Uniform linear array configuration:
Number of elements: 12
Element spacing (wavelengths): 0.5
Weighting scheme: uniform
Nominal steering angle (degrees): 0
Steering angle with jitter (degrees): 1.204
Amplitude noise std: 0.05
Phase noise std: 0.05

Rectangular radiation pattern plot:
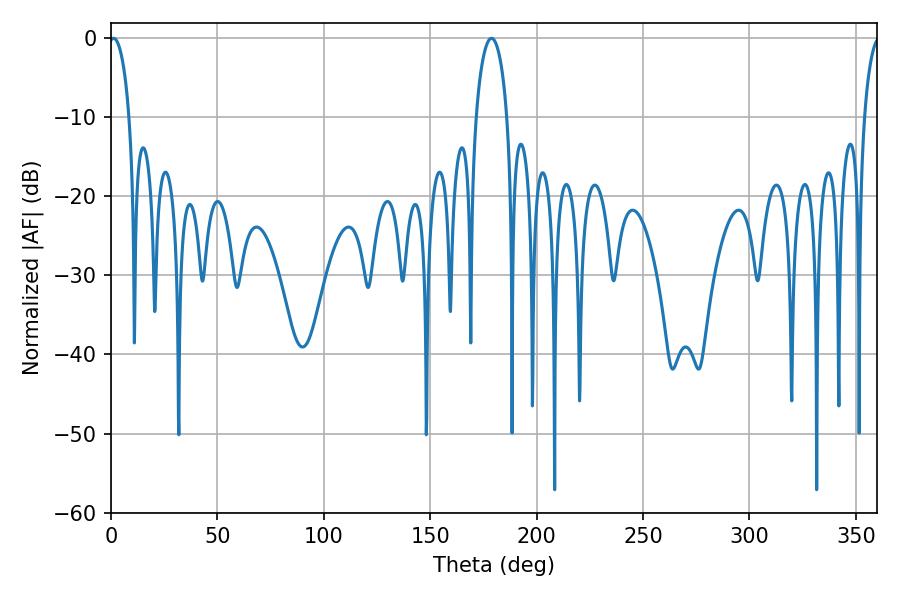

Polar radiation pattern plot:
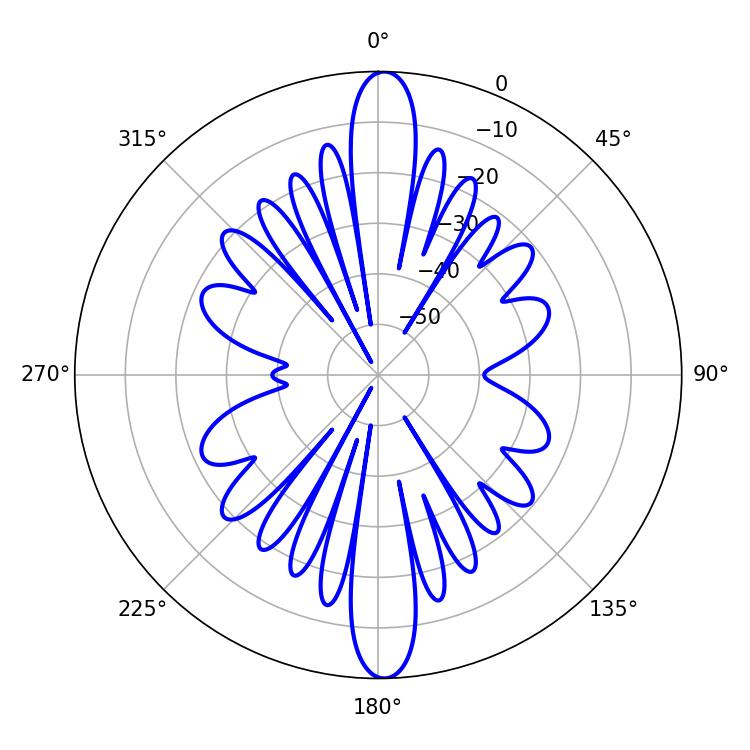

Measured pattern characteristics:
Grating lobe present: FALSE
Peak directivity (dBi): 26.422
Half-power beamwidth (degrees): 5.4
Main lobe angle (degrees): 1.26